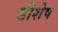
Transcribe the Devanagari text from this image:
डीशेष